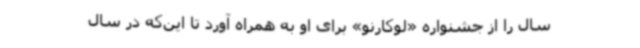
سال را از جشنواره «لوکارنو» برای او به ‌همراه آورد تا این‌که در سال